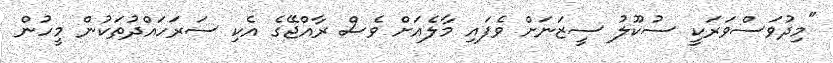
"މިދުވަސްވަރަކީ ސުކޫލު ސީޒަނަށް ވެފައި މާލެއަށް ވެސް ރާއްޖޭގެ އެކި ސަރަހައްދުތަކުން މީހުން